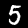
Label: 5